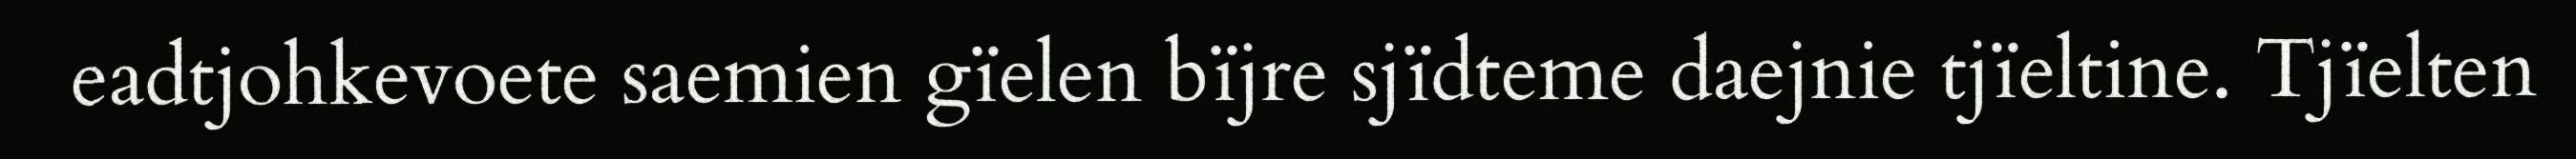
eadtjohkevoete saemien gïelen bïjre sjïdteme daejnie tjïeltine. Tjïelten